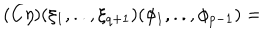
LaTeX: ( C \eta ) ( \xi _ { 1 } , . . , \xi _ { q + 1 } ) ( \phi _ { 1 } , . . , \phi _ { p - 1 } ) =